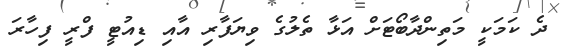
ދެ ކަމަކީ މަތިންދާބޯޓަށް އަޅާ ތެލުގެ ވިޔަފާރި އާއި ޑިއުޓީ ފްރީ ފިހާރަ